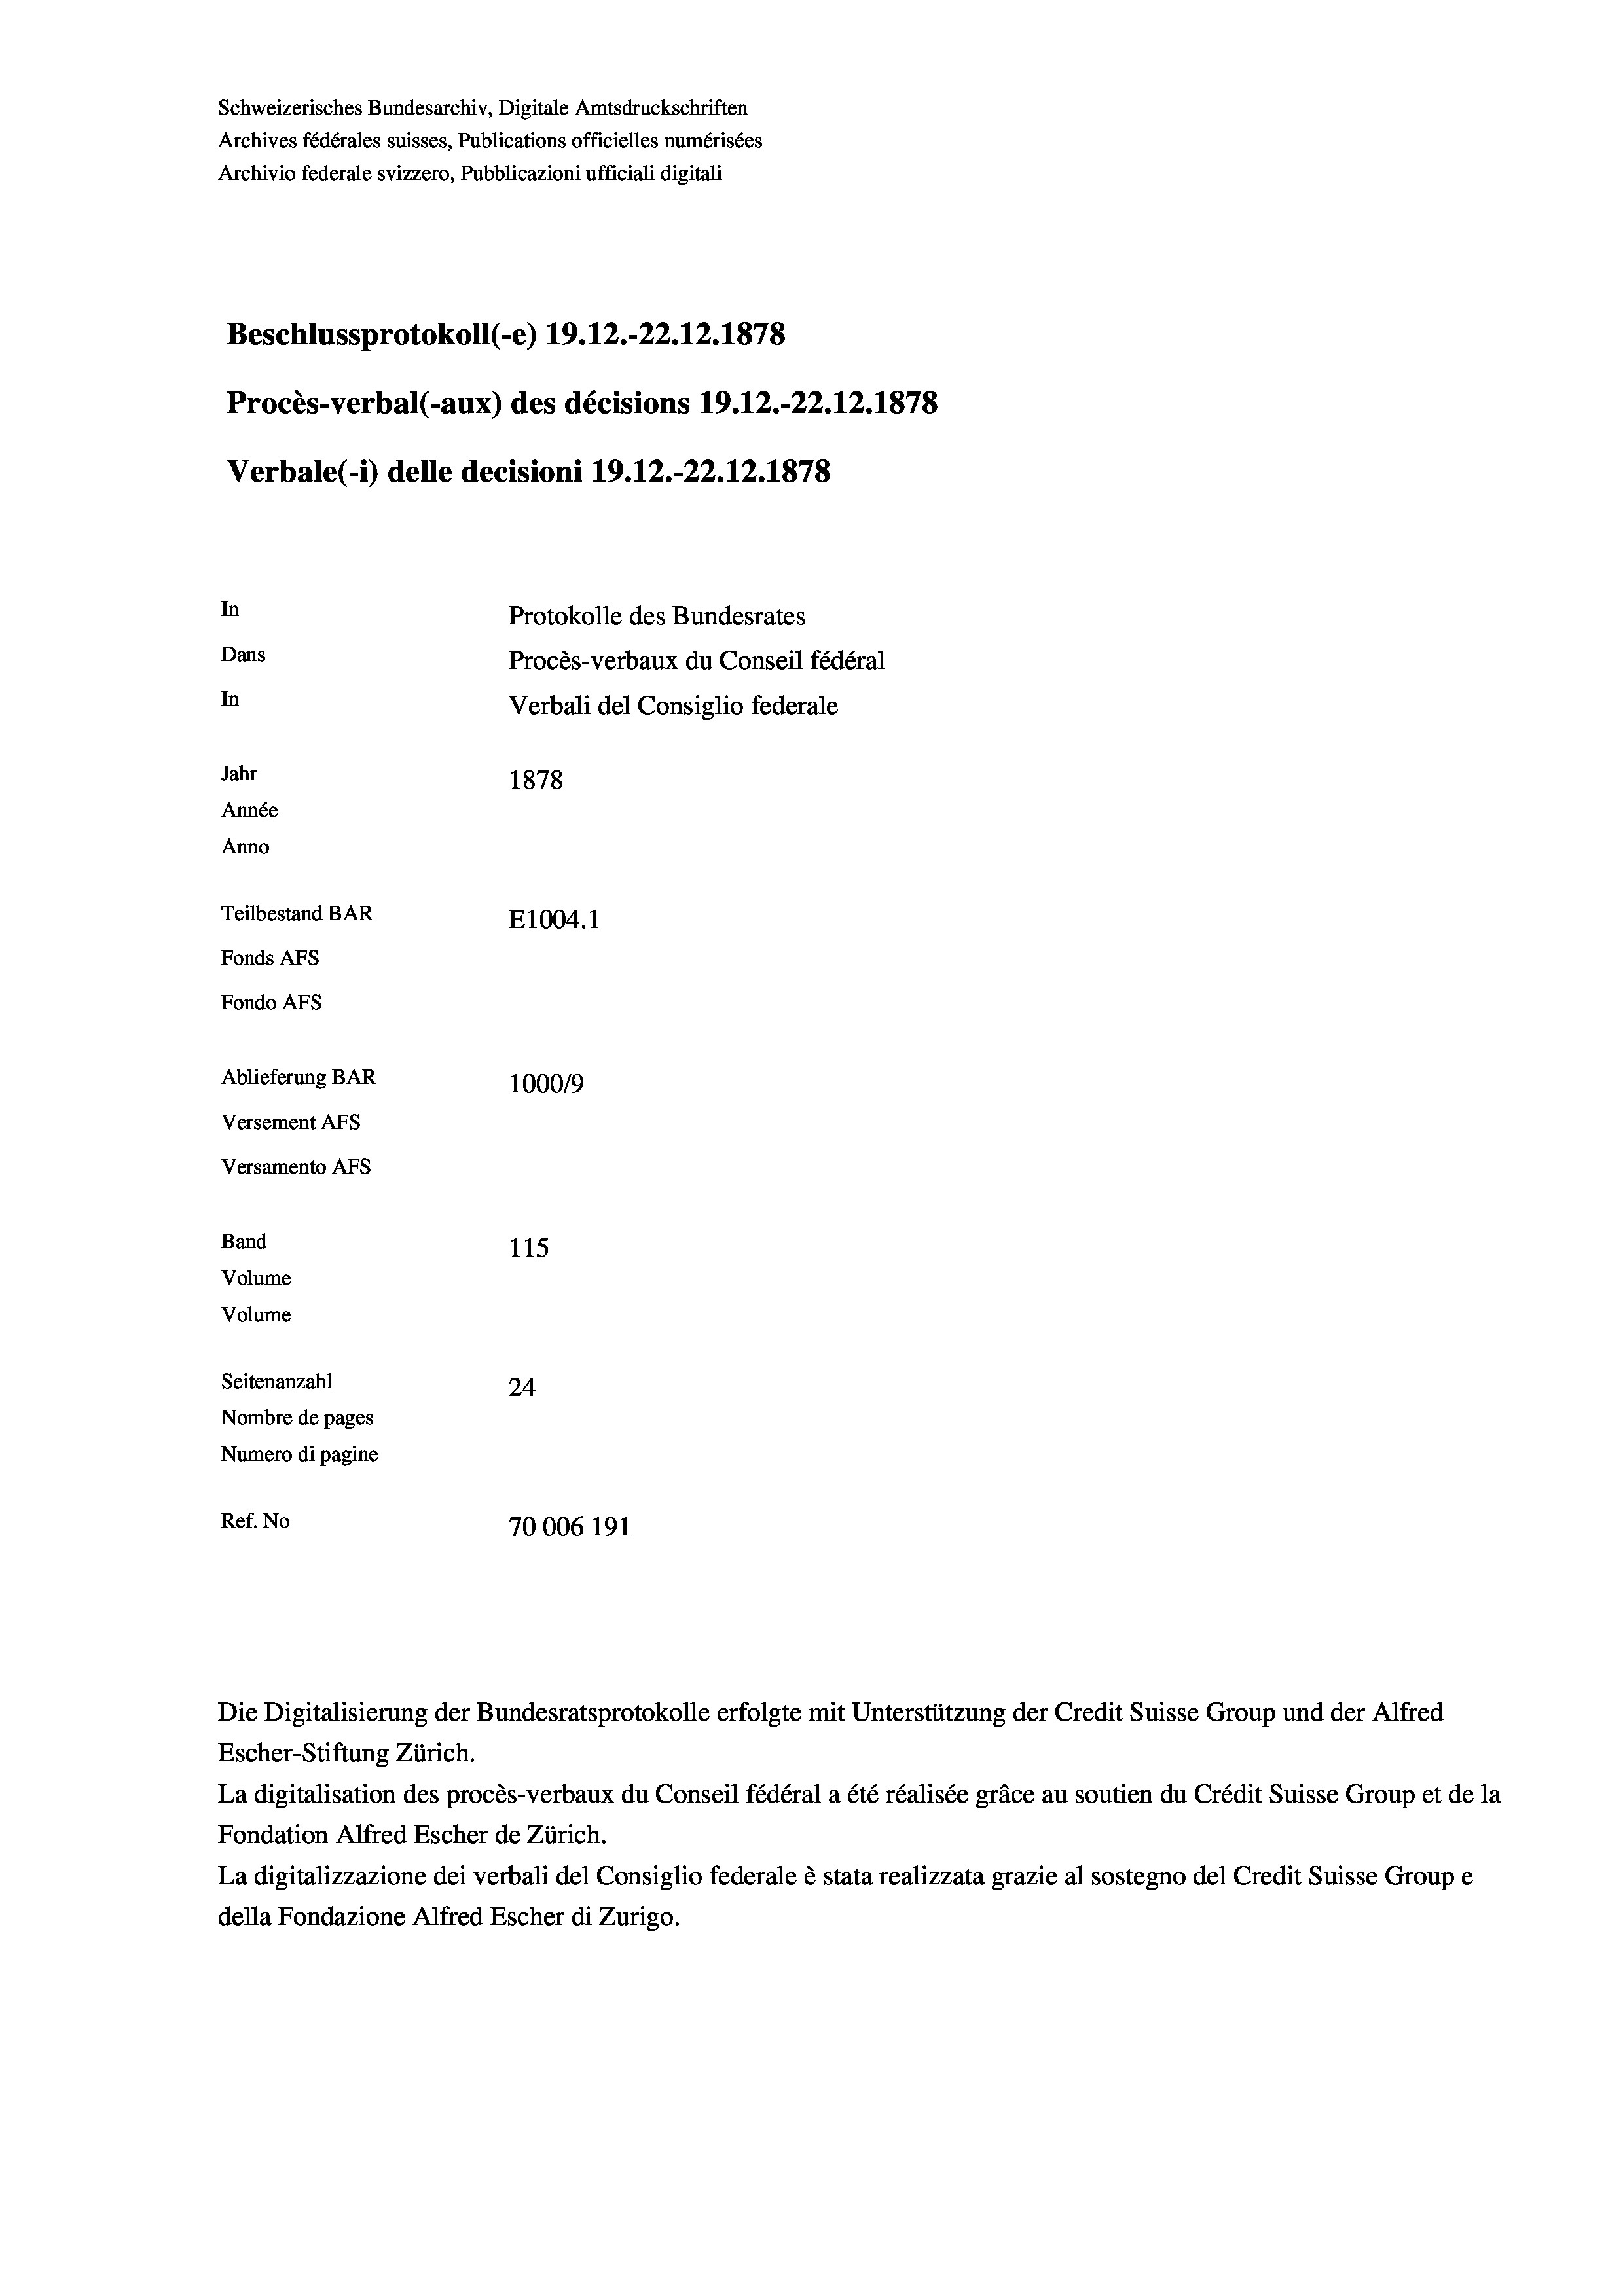
Schweizerisches Bundesarchiv, Digitale Amtsdruckschriften
Archives fédérales suisses, Publications officielles numérisées
Archivio federale svizzero, Pubblicazioni ufficiali digitali
Beschlussprotokoll (-e) 19.12.-22.12.1878
Procès-verbal (-aux) des décisions 19.12.-22.12.1878
Verbale (- 1) delle decisioni 19. 12.-22.12.1878
In
Protokolle des Bundesrates
Dans
Procès-verbaux du Conseil fédéral
In
Verbali del Consiglio federale
Jahr
1878
Année
Anno
Teilbestand BAR
E1004.1
Fonds AFs
Fondo AFS
Ablieferung BAR
100019
Versement AFs
Versamento AFs
Band
115
Volume
Volume
Seitenanzahl
24
Nombre de pages
Numero di pagine
Ref. No
70006 191

Die Digitalisierung der Bundesratsprotokolle erfolgte mit Unterstützung der Credit Suisse Group und der Alfred

Escher-Stiftung Zürich.
La digitalisation des procès-verbaux du Conseil fédéral a été réalisée gräce au soutien du Crédit Suisse Group et de la
Fondation Alfred Escher de Zürich.
La digitalizzazione dei verbali del Consiglio federale è stata realizzata grazie al sostegno del Credit Suisse Groupe
della Fondazione Alfred Escher di Zurigo.